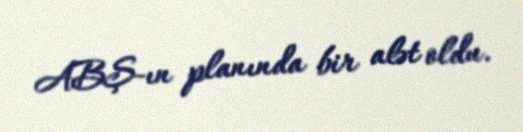
ABŞ-ın planında bir alət oldu.